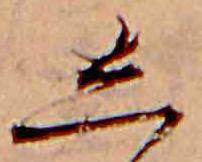
し